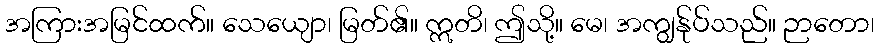
အကြားအမြင်ထက်။ သေယျော၊ မြတ်၏။ ဣတိ၊ ဤသို့။ မေ၊ အကျွန်ုပ်သည်။ ဉာတော၊